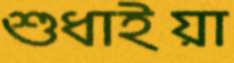
শুধাইয়া